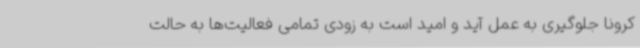
کرونا جلوگیری به عمل آید و امید است به زودی تمامی فعالیت‌ها به حالت